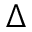
\Delta